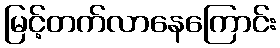
မြင့်တက်လာနေကြောင်း